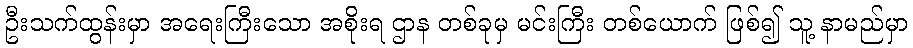
ဦးသက်ထွန်းမှာ အရေးကြီးသော အစိုးရ ဌာန တစ်ခုမှ မင်းကြီး တစ်ယောက် ဖြစ်၍ သူ့ နာမည်မှာ